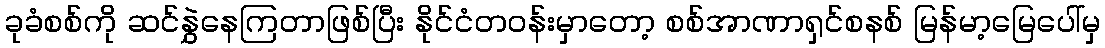
ခုခံစစ်ကို ဆင်နွှဲနေကြတာဖြစ်ပြီး နိုင်ငံတဝန်းမှာတော့ စစ်အာဏာရှင်စနစ် မြန်မာ့မြေပေါ်မှ